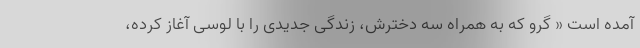
آمده است « گرو که به همراه سه دخترش، زندگی جدیدی را با لوسی آغاز کرده،